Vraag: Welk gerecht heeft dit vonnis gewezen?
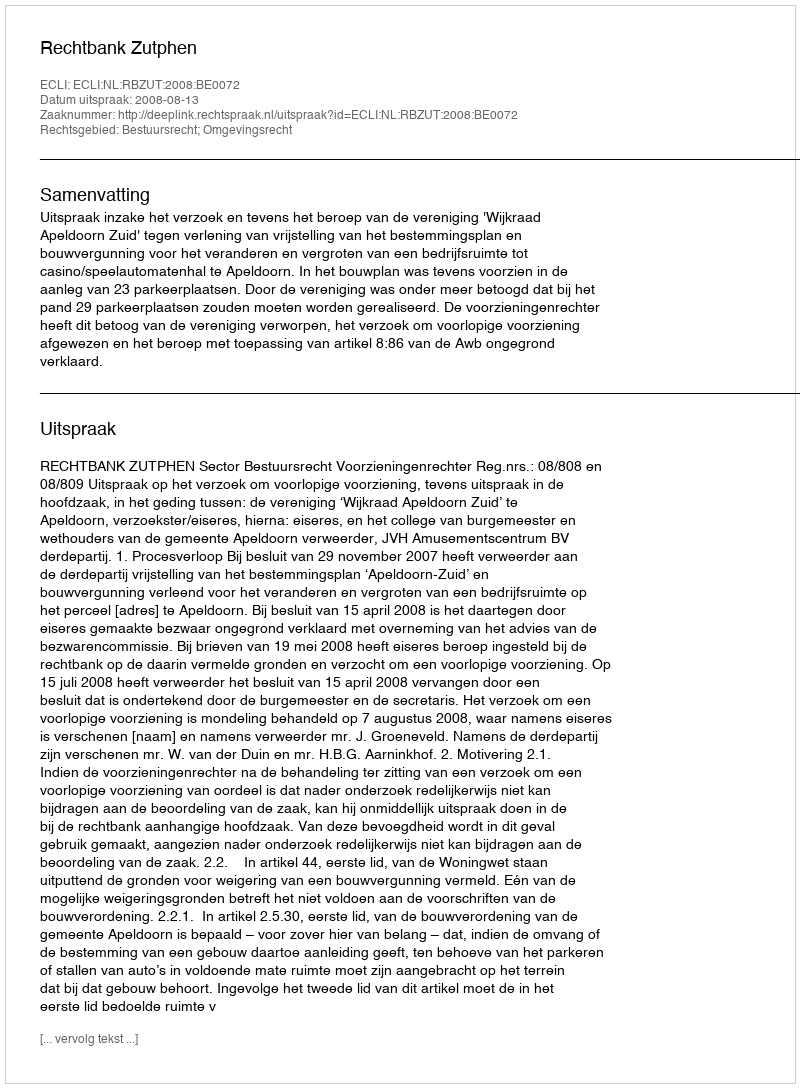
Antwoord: Rechtbank Zutphen